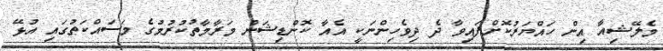
މެލޭޝިއާ އިން ހައްޔަރުކޮށްފައިވާ ދެ ދިވެހިންނަކީ އެއާ ކޮންޑިޝަން މަރާމާތުކުރުމުގެ މަސައްކަތުގައި އުޅޭ